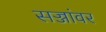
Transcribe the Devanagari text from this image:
सज्जांवर